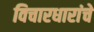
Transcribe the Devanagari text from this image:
विचारधारांचे